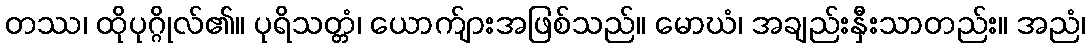
တဿ၊ ထိုပုဂ္ဂိုလ်၏။ ပုရိသတ္တံ၊ ယောက်ျားအဖြစ်သည်။ မောဃံ၊ အချည်းနှီးသာတည်း။ အညံ၊